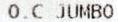
O.C JUMBO